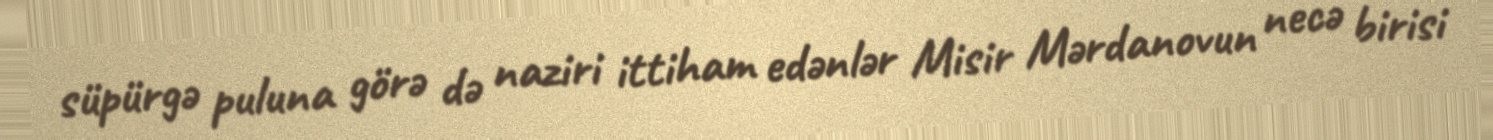
süpürgə puluna görə də naziri ittiham edənlər Misir Mərdanovun necə birisi